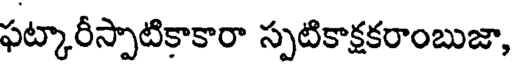
ఫట్కారీస్పాటికాకారా స్పటికాక్షకరాంబుజా,